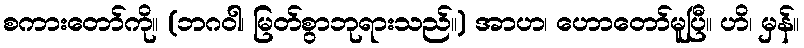
စကားတော်ကို။ (ဘဂဝါ၊ မြတ်စွာဘုရားသည်။) အာဟ၊ ဟောတော်မူပြီ။ ဟိ၊ မှန်။